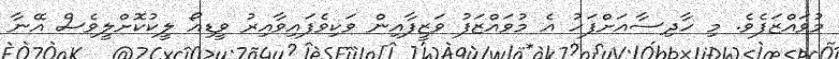
މުވައްޒަފެވެ. މި ހާދިސާއަށްފަހު އެ މުވައްޒަފު ވަޒީފާއިން ވަކިވެފައިވާއިރު ވީޑިއޯ ލީކުކޮށްލީވެސް އޭނާ